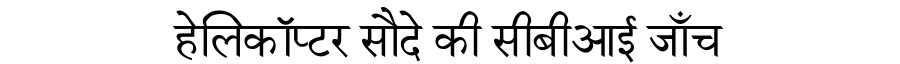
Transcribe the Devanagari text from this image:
हेलिकॉप्टर सौदे की सीबीआई जाँच